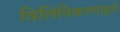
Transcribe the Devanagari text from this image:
विलिनिकरणाद्वारे